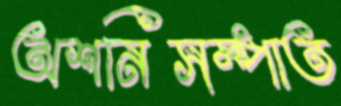
অশনিসম্পাত